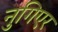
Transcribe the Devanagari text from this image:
नुगिएर